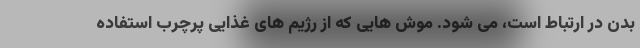
بدن در ارتباط است، می شود. موش هایی که از رژیم های غذایی پرچرب استفاده